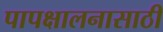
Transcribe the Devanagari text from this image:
पापक्षालनासाठी